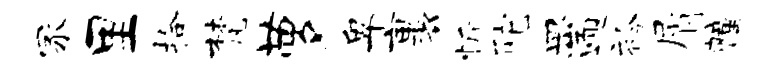
冢里拾梵萝卑裹忻陀皿遄衿屑幢